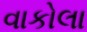
વાકોલા